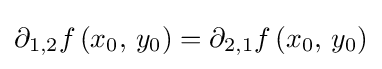
\partial _{1,2}f\left(x_{0},\,y_{0}\right)=\partial _{2,1}f\left(x_{0},\,y_{0}\right)